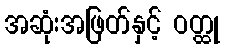
အဆုံးအဖြတ်နှင့် ဝတ္ထု